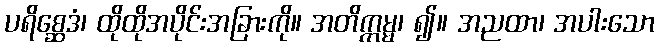
ပရိစ္ဆေဒံ၊ ထိုထိုအပိုင်းအခြားကို။ အတိက္ကမ္မ၊ ၍။ အညထာ၊ အပါးသော